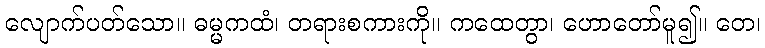
လျောက်ပတ်သော။ ဓမ္မကထံ၊ တရားစကားကို။ ကထေတွာ၊ ဟောတော်မူ၍။ တေ၊